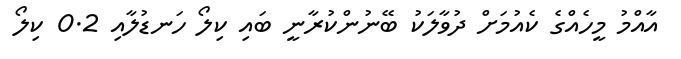
އާއްމު މީހެއްގެ ކެއުމަށް ދުވާލަކު ބޭނުންކުރާނީ ބައި ކިލޯ ހަނޑުލާއި 0.2 ކިލޯ